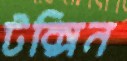
টক্সিন